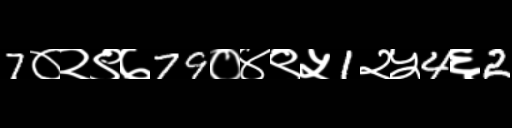
Text: 7०२९७79०४९५1२५4६2